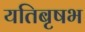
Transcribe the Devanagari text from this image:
यतिबृषभ